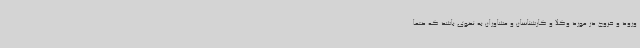
ورود و خروج در مورد وکلا و کارشناسان و مشاوران به نحوی باشد که حتماً